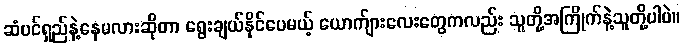
ဆံပင်ရှည်နဲ့နေမလားဆိုတာ ရွေးချယ်နိုင်ပေမယ့် ယောက်ျားလေးတွေကလည်း သူတို့အကြိုက်နဲ့သူတို့ပါပဲ။